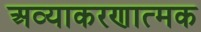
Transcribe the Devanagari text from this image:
अव्याकरणात्मक